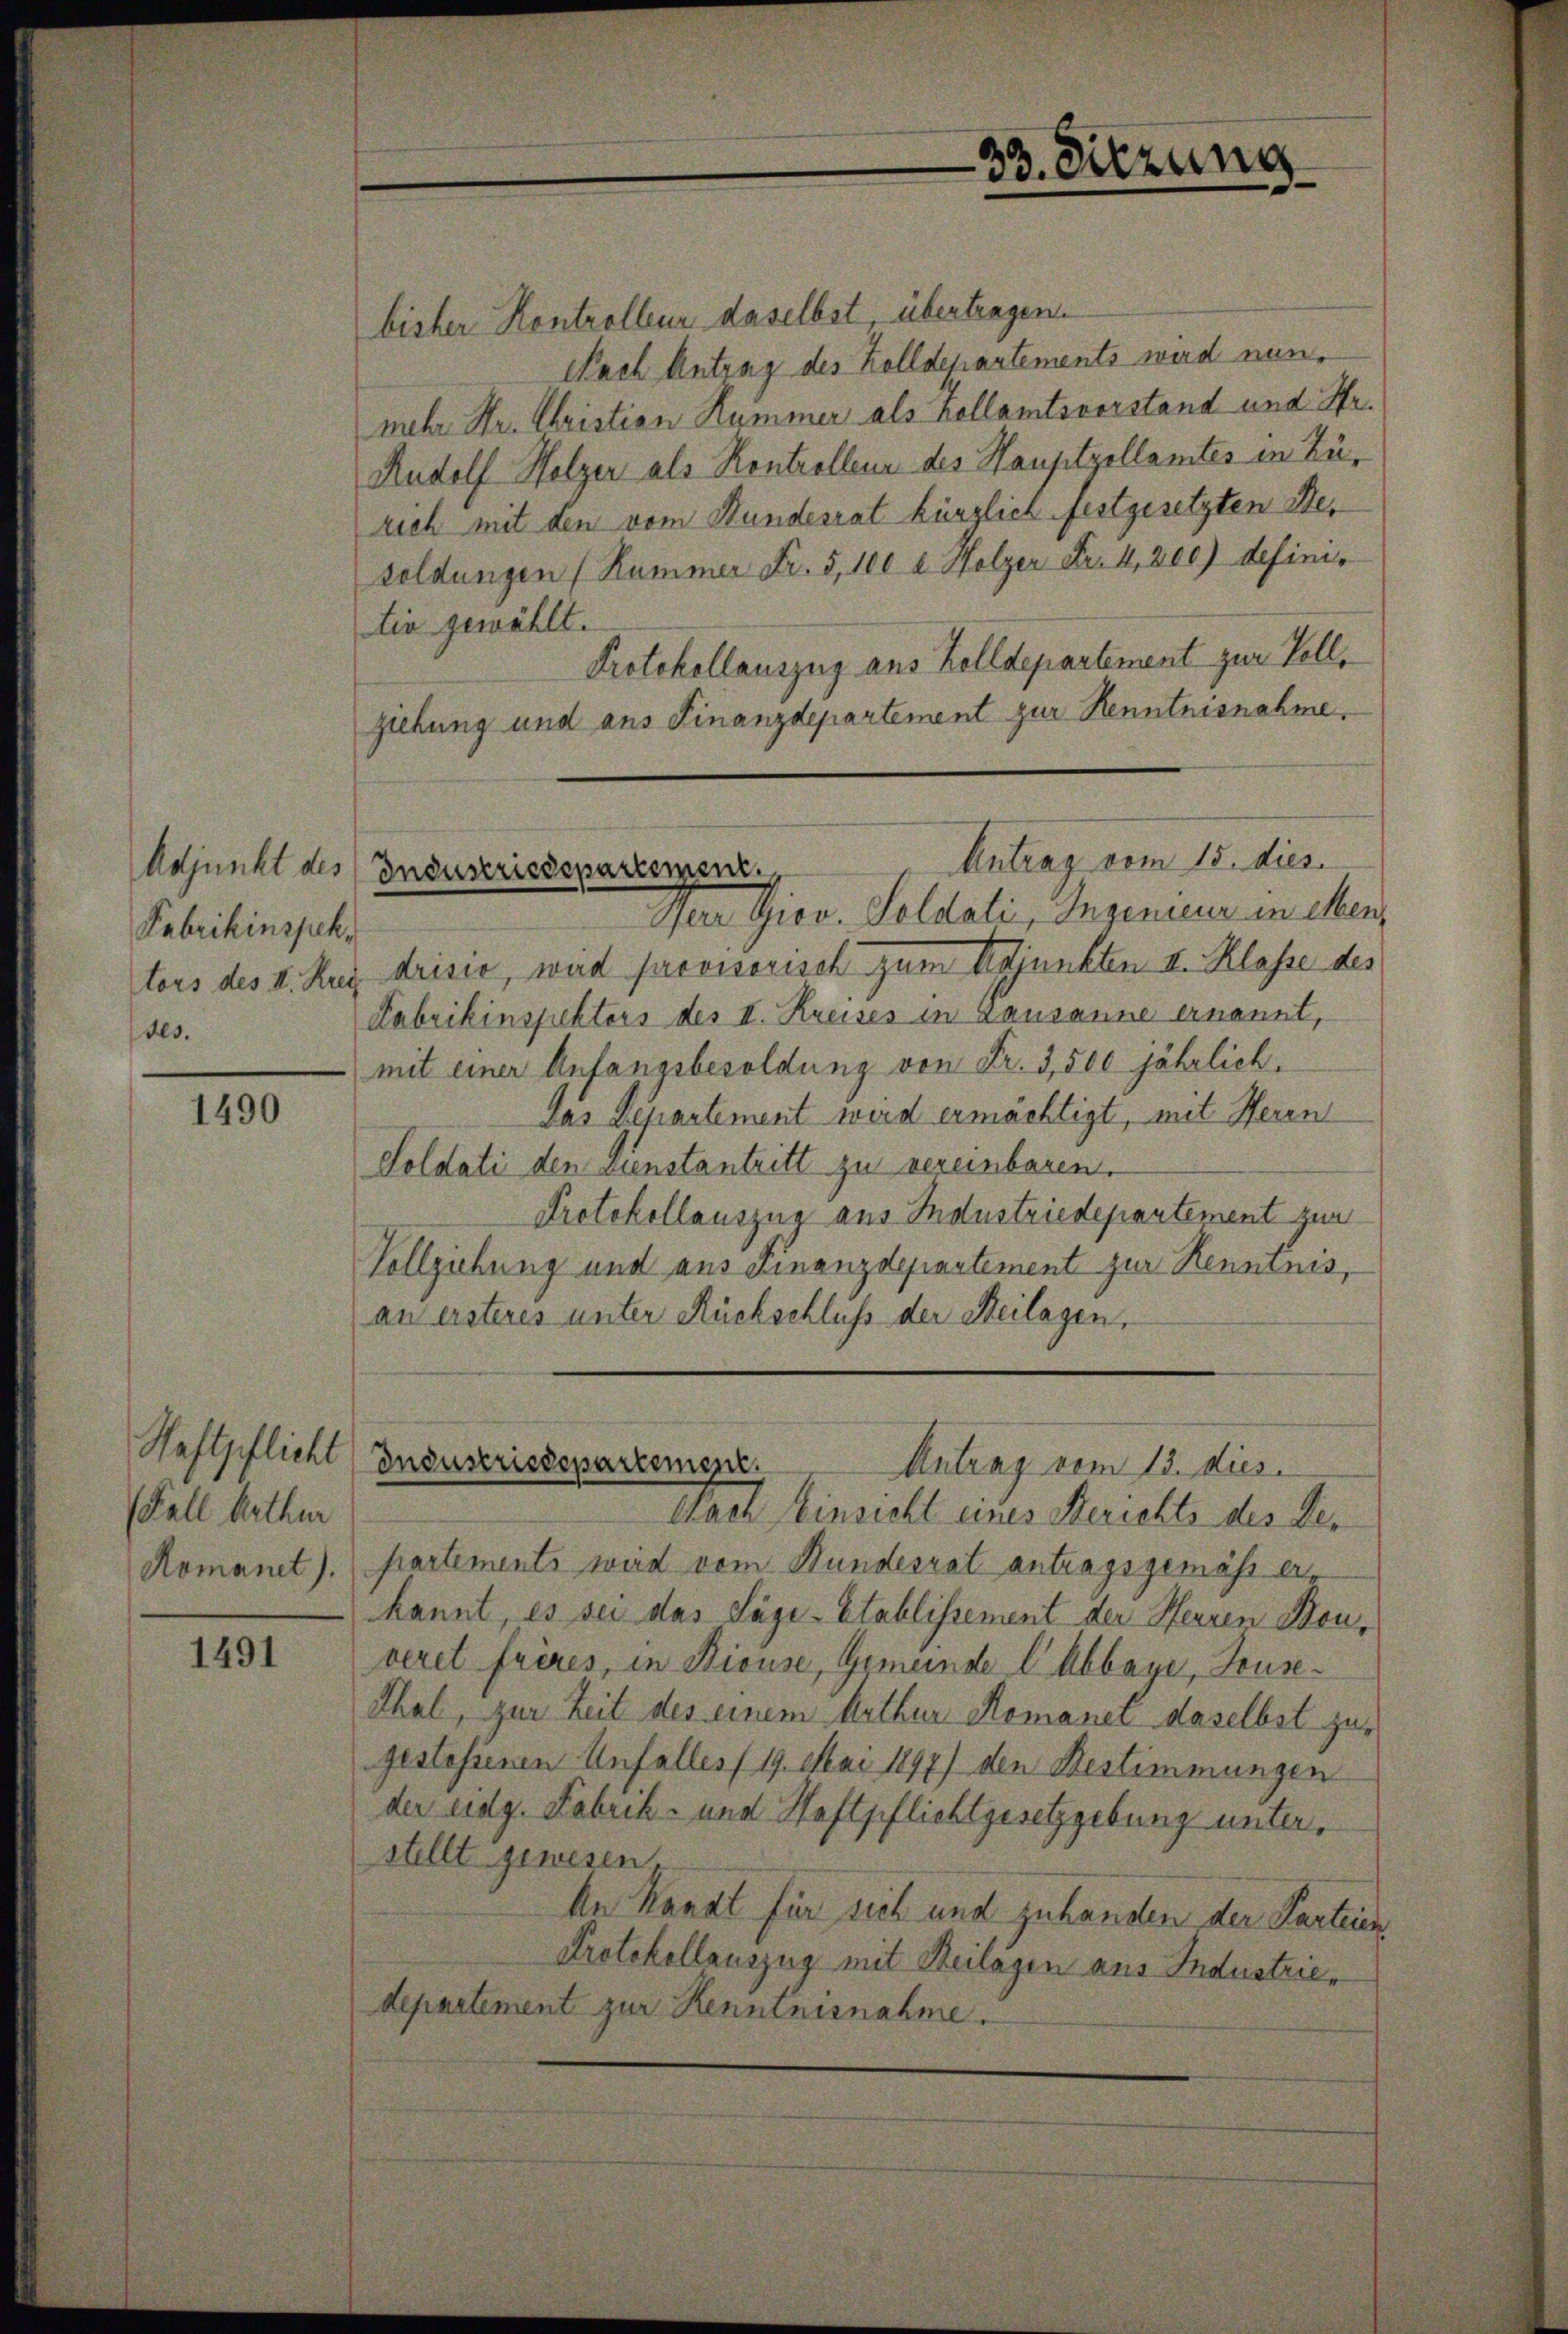
Adjunkt des
Fabrikinspektors des II. Krei
des.

1490

Haftpflicht
(Fall Arthur
Romanet).

1491

bisher Kontrolleur daselbst, übertragen.
Nach Antrag des Zolldepartements wird nunmehr Hr. Christian Kummer als Kollamtsvorstand und Hr.
Rudolf Holzer als Kontrolleur des Hauptzellamtes in Zürich mit den vom Hundesrat kürzlich festgesetzten Besoldungen (Kummer Fr. 5, 100 l. Holzer Fr. 4,200) definitiv gewählt.
Protokollauszug aus Zolldepartement zur Vollziehung und aus Finanzdepartement zur Kenntnisnahme.
Antrag vom 15. dies
Industriedepartement.
Nar Giov. Goldali, Ingenieur in Mens
drisie, ward provisorisch zum Adjunkten III. Klasse des
Fabrikinspektors des II. Kreises in Lausanne ernannt,
mit einer Anfangsbesoldung von Fr. 3,500 jährlich.
das Departement wird ermächtigt, mit Heren
Soldati den Dienstantritt zu vereinbaren.
Protokollauszug aus Industriedepartement zur
Vollziehung und aus Finanzdepartement zur Henninis,
an ersteres unter Rückschluß der Beilagen,

33. Sitzung

Industriedepartement.
Antrag vom 13. dies

Nach Einsicht eines Berichts des der
partements wird vom Hundesrat antragsgemäss erkannt, es sei das Säge-Etablissement der Herren Bonveret frères, in Biouse, Gemeinde l’Abbaye, Touse¬
Thal, zur Zeit des einem Arthur Romanet daselbst zugestossenen Unfalles /19. Mai 1897) den Bestimmungen
der eidg. Fabrik- und Haftpflichtgesetzgebung unterstellt gewesen
An Handt für sich und zuhanden der Parteien
Protokollauszug mit Beilagen aus Industriedepartement zur Kenntnisnahme.